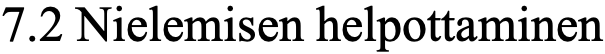
7.2 Nielemisen helpottaminen